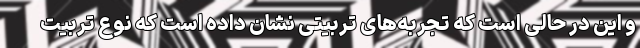
و این در حالی است که تجربه‌های تربیتی نشان داده است که نوع تربیت